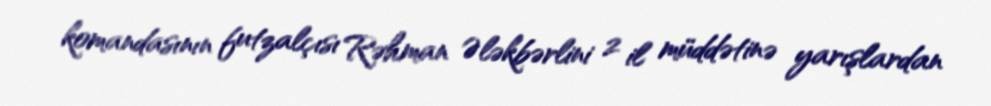
komandasının futzalçısı Rəhman Ələkbərlini 2 il müddətinə yarışlardan